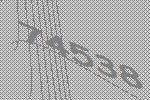
74538